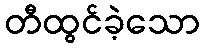
တီထွင်ခဲ့သော